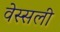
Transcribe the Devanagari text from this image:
वेस्सली